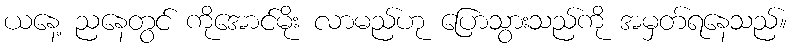
ယနေ့ ညနေတွင် ကိုအောင်မိုး လာမည်ဟု ပြောသွားသည်ကို အမှတ်ရနေသည်။